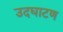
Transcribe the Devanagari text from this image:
उदघाटण